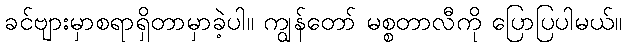
ခင်ဗျားမှာစရာရှိတာမှာခဲ့ပါ။ ကျွန်တော် မစ္စတာလီကို ပြောပြပါမယ်။